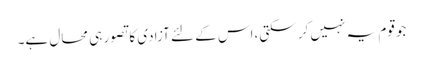
جو قوم یہ نہیں کر سکتی،اس کے لئے آزادی کا تصور ہی محال ہے۔